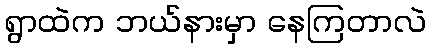
ရွာထဲက ဘယ်နားမှာ နေကြတာလဲ